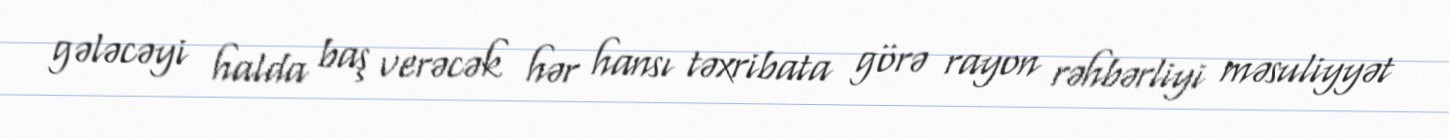
gələcəyi halda baş verəcək hər hansı təxribata görə rayon rəhbərliyi məsuliyyət